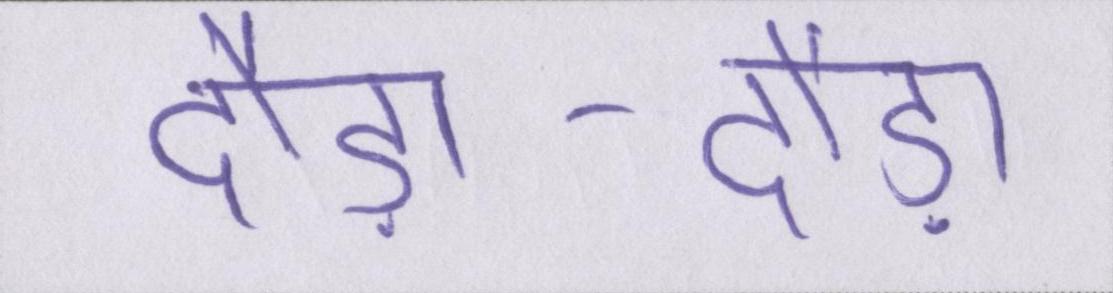
दौड़ा-दौड़ा